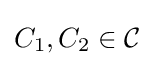
C_{1},C_{2}\in {\mathcal {C}}